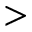
>